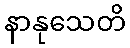
နာနုသေတိ